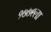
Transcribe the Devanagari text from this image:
१७७९ला